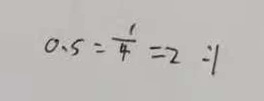
0 . 5 : \frac { 1 } { 4 } = 2 : 1